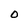
Character: O